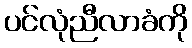
ပင်လုံညီလာခံကို